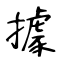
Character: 據